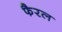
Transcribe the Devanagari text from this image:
फैरल